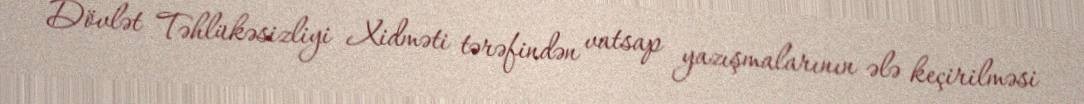
Dövlət Təhlükəsizliyi Xidməti tərəfindən vatsap yazışmalarının ələ keçirilməsi